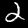
Digit: 2